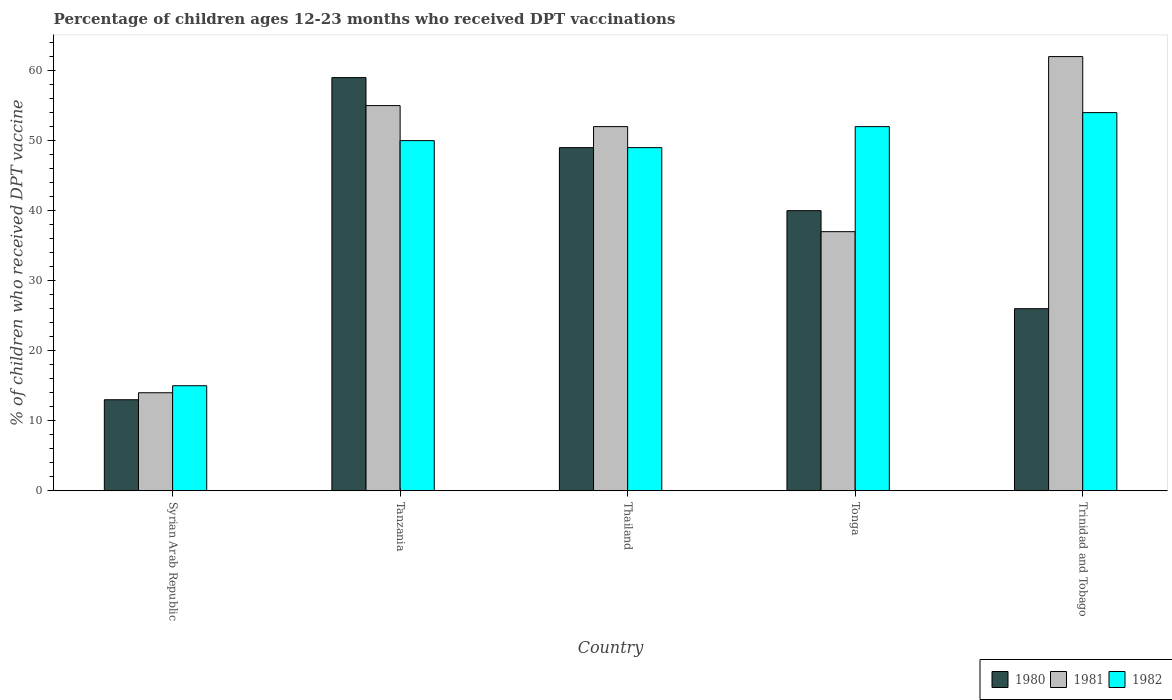
| Country | 1980 | 1981 | 1982 |
 | --- | --- | --- | --- |
 | Syrian Arab Republic | 13 | 14 | 15 |
 | Tanzania | 59 | 55 | 50 |
 | Thailand | 49 | 52 | 49 |
 | Tonga | 40 | 37 | 52 |
 | Trinidad and Tobago | 26 | 62 | 54 |